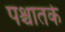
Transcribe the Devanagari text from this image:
पश्चातके